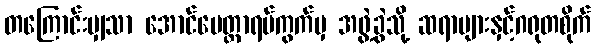
တကြောင်းမျှသာ အောင်မေတ္တာရပ်ကွက်မှ အဖွဲ့ခွဲသို့ ဆရာများနှင့်ဂရုတစိုက်